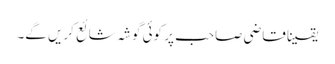
یقینا قاضی صاحب پر کوئی گوشہ شائع کریں گے۔